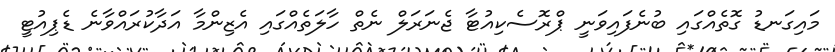
މައިގަނޑު ގޮތެއްގައި ބުނެފައިވަނީ ޕްރޮސެކިއުޓާ ޖެނަރަލް ނެތް ހާލަތެއްގައި އެޒިންމާ އަދާކުރައްވާނެ ޑެޕިއުޓީ